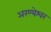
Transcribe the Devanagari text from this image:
अरण्येश्वर